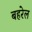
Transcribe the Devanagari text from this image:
बहरेल